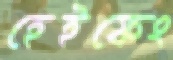
হেইফেং